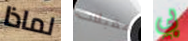
لماذا مقبلات بي